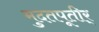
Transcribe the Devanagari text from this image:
मुदतपूतीर्